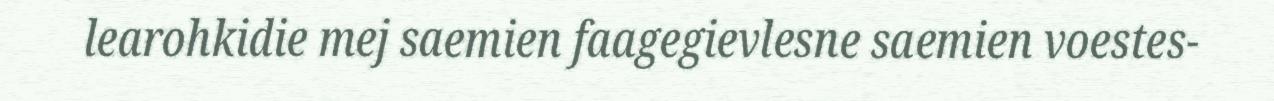
learohkidie mej saemien faagegievlesne saemien voestes-